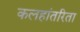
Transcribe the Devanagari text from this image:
कलहांतरिता